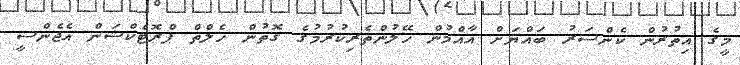
މީގެ އިތުރުން ކެންސަރު ބައްޔަށް އާއްމުން ހޭލުންތެރިކުރުމުގެ ގޮތުން ހެލްތް ޕްރޮޓެކްޝަން އެޖެންސީ